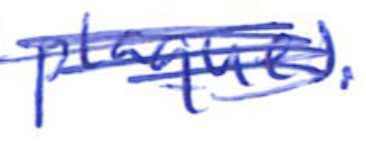
Text: plaques.
Cross-out: mix
Writing tool: ballpoint